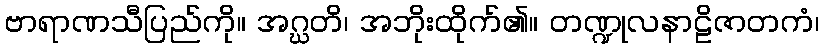
ဗာရာဏသီပြည်ကို။ အဂ္ဃတိ၊ အဘိုးထိုက်၏။ တဏ္ဍုလနာဠိဇာတကံ၊